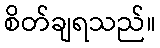
စိတ်ချရသည်။